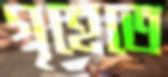
গৃহেতে